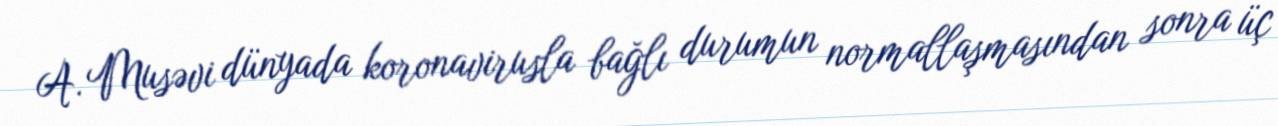
A. Musəvi dünyada koronavirusla bağlı durumun normallaşmasından sonra üç